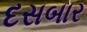
દસબાર